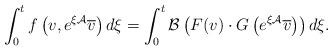
LaTeX: \begin{align*}\int_0^t f \left( v, e^{\xi \mathcal{A}} \overline v \right)d \xi = \int_0^t \mathcal{B}\left(F(v) \cdot G\left( e^{\xi \mathcal{A}} \overline v \right)\right)d \xi .\end{align*}